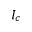
I _ { c }